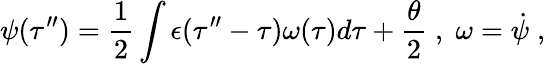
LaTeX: \psi(\tau^{\prime\prime})=\frac{1}{2}\int\epsilon(\tau^{\prime\prime}-\tau)\omega(\tau)d\tau+\frac{\theta}{2}\; ,\; \omega={\dot{\psi}}\; ,